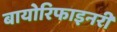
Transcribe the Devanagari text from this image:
बायोरिफाइनरी